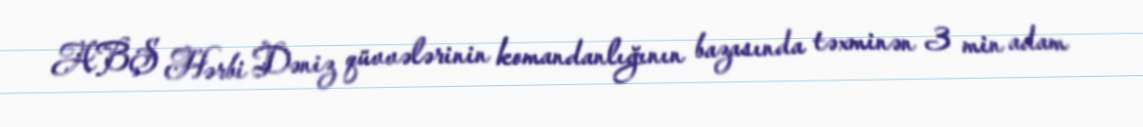
ABŞ Hərbi Dəniz qüvvələrinin komandanlığının bazasında təxminən 3 min adam